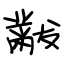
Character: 黻